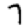
Digit: 7